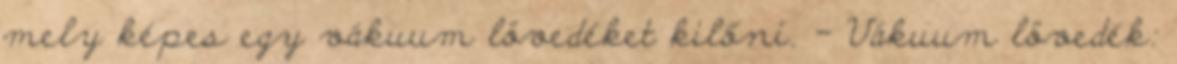
mely képes egy vákuum lövedéket kilőni. - Vákuum lövedék: